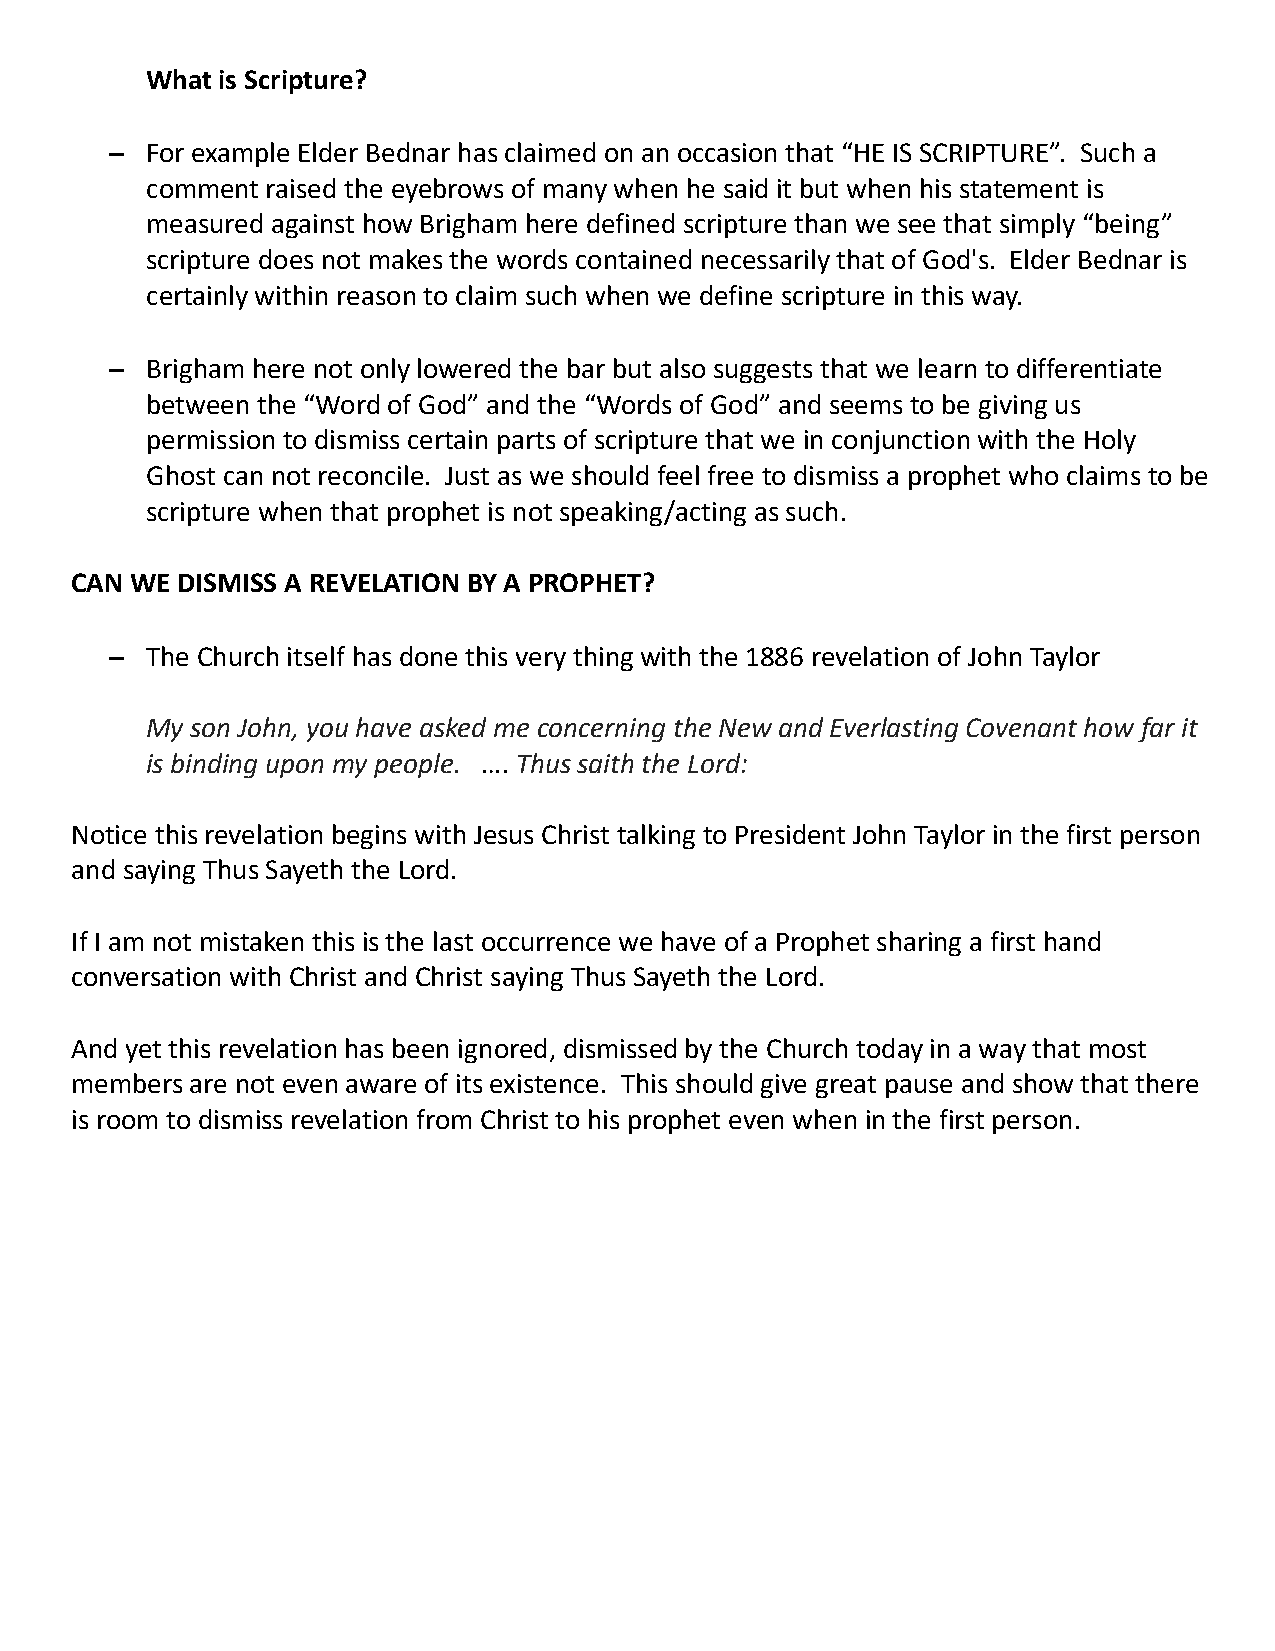
What is Scripture?
 –  For example Elder Bednar has claimed on an occasion that “HE IS SCRIPTURE”. Such a
 comment raised the eyebrows of many when he said it but when his statement is
 measured against how Brigham here defined scripture than we see that simply “being”
 scripture does not makes the words contained necessarily that of God's. Elder Bednar is
 certainly within reason to claim such when we define scripture in this way.
 –  Brigham here not only lowered the bar but also suggests that we learn to differentiate
 between the “Word of God” and the “Words of God” and seems to be giving us
 permission to dismiss certain parts of scripture that we in conjunction with the Holy
 Ghost can not reconcile. Just as we should feel free to dismiss a prophet who claims to be
 scripture when that prophet is not speaking/acting as such.
 CAN WE DISMISS A REVELATION BY A PROPHET?
 –  The Church itself has done this very thing with the 1886 revelation of John Taylor
 My son John, you have asked me concerning the New and Everlasting Covenant how far it
 is binding upon my people. …. Thus saith the Lord:
 Notice this revelation begins with Jesus Christ talking to President John Taylor in the first person
 and saying Thus Sayeth the Lord.
 If I am not mistaken this is the last occurrence we have of a Prophet sharing a first hand
 conversation with Christ and Christ saying Thus Sayeth the Lord.
 And yet this revelation has been ignored, dismissed by the Church today in a way that most
 members are not even aware of its existence. This should give great pause and show that there
 is room to dismiss revelation from Christ to his prophet even when in the first person.